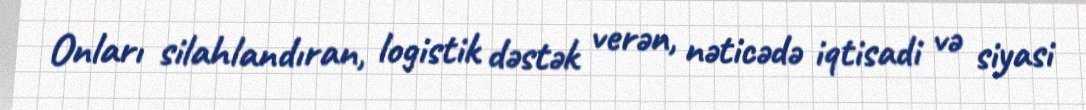
Onları silahlandıran, logistik dəstək verən, nəticədə iqtisadi və siyasi